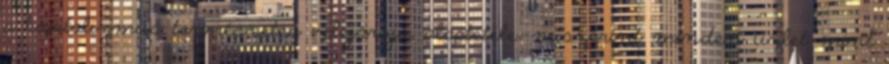
a kapitalizmus természetes velejárója, alaptétele, miszerint minden üzlet mint